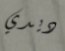
ديدي